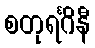
စတုရင်္ဂိနီ